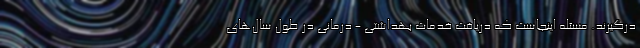
درگیرند. مسئله اینجاست که دریافت خدمات بهداشتی - درمانی در طول سال‌های